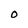
Character: O